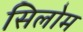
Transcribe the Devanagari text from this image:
सिलोम